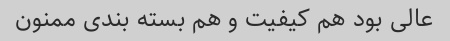
عالی بود هم کیفیت و هم بسته بندی ممنون